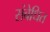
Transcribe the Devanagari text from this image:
संबेधित